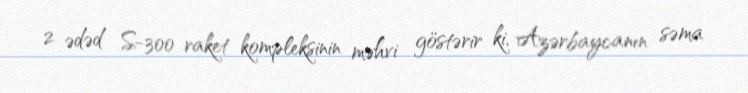
2 ədəd S-300 raket kompleksinin məhvi göstərir ki, Azərbaycanın səma